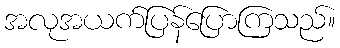
အလုအယက်ပြန်ပြောကြသည်။